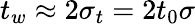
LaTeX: t_{w}\approx 2\sigma_{t}=2t_{0}\sigma